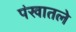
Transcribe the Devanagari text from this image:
पंखातले